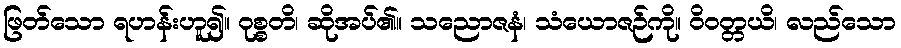
ဖြတ်သော ရဟန်းဟူ၍။ ဝုစ္စတိ၊ ဆိုအပ်၏။ သညောဇနံ၊ သံယောဇဉ်ကို။ ဝိဝတ္တယိ၊ လည်သော